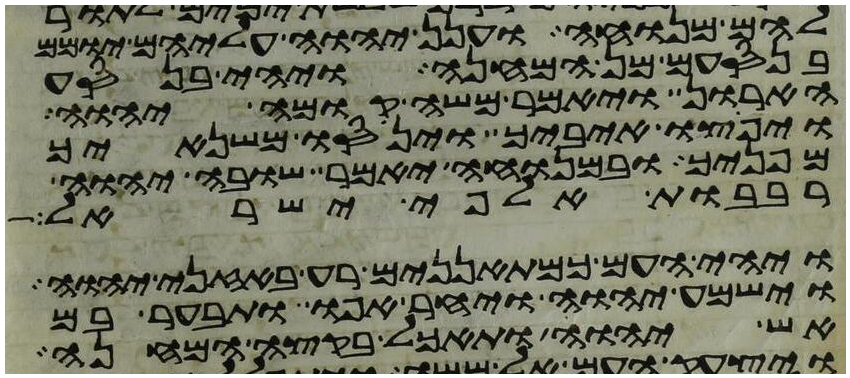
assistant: להם מנוחה וענן יהוה עליהם יומם
בנסעם מן המחנה ויהי בנסע
הארון ויאמר משה קומה יהוה
ויפוצו איביך וינסו משנאיך
מפניך ובמנוחה יאמר שובה יהוה
רבבות אלפי ישראל
ויהי העם כמתאננים רע באזני יהוה
וישמע יהוה ויחר אפו ותבער בם
אש יהוה ותאכל בקצה המחנה